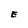
Character: E